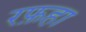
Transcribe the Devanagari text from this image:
रफ़हा